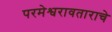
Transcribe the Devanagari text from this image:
परमेश्वरावताराचे